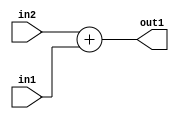
`timescale 1ps / 1ps
/*****************************************************************************
    Verilog RTL Description
    
    
    Created by: Stratus DpOpt 2019.1.01 
*******************************************************************************/

module DC_Filter_Add_8Ux4U_9U_1 (
	in2,
	in1,
	out1
	); /* architecture "behavioural" */ 
input [7:0] in2;
input [3:0] in1;
output [8:0] out1;
wire [8:0] asc001;

assign asc001 = 
	+(in2)
	+(in1);

assign out1 = asc001;
endmodule

/* CADENCE  urnzTAw= : u9/ySgnWtBlWxVPRXgAZ4Og= ** DO NOT EDIT THIS LINE ******/